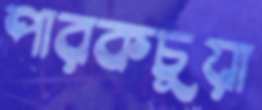
পারকচুয়া